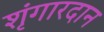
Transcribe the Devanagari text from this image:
शृंगारदान